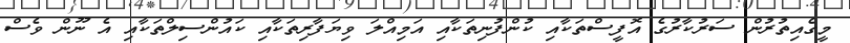
މީގެއިތުރުން ސަރުކާރުގެ އޮފީސްތަކާއި ކުންފުނިތަކާއި އަމިއްލަ ވިޔަފާރިތަކާއި ކައުންސިލްތަކާއި އެ ނޫން ވެސް